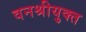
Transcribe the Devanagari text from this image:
वनश्रीयुक्त